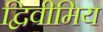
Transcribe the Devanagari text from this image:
द्विवीमिय